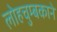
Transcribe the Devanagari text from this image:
लोहचुम्बकाने